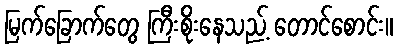
မြက်ခြောက်တွေ ကြီးစိုးနေသည့် တောင်စောင်း။